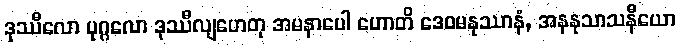
ဒုဿီလော ပုဂ္ဂလော ဒုဿီလျဟေတု အမနာပေါ ဟောတိ ဒေဝမနုဿာနံ, အနနုသာသနီယော